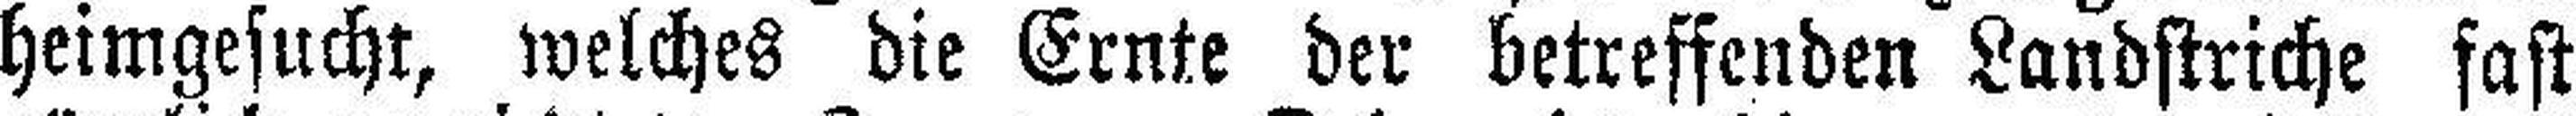
heimgesucht, welches die Ernte der betreffenden Landstriche fast